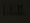
l.l.c